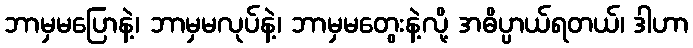
ဘာမှမပြောနဲ့၊ ဘာမှမလုပ်နဲ့၊ ဘာမှမတွေးနဲ့လို့ အဓိပ္ပာယ်ရတယ်၊ ဒါဟာ